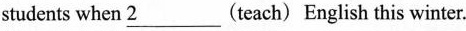
students when\underline{2}___(teach) English this winter.